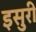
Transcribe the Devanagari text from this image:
इसुरी